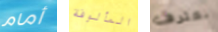
أمام المألوفة نعترف